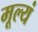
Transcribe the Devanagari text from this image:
मूल्यं